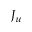
J _ { \mu }